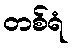
တစ်ရံ